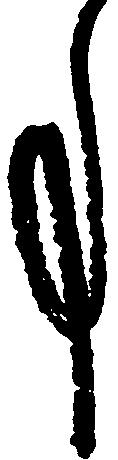
事